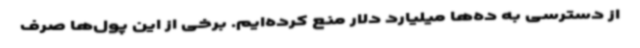
از دسترسی به ده‌ها میلیارد دلار منع کرده‌ایم. برخی از این پول‌ها صرف